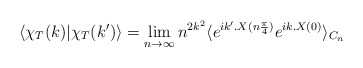
\begin{align*}\langle\chi_T(k)|\chi_T(k')\rangle=\lim_{n\to\infty} n^{2k^2}\langle e^{ik'.X(n\frac{\pi}{4})} e^{ik.X(0)}\rangle_{C_n}\end{align*}